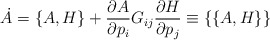
\begin{align*}\dot A=\{A,H\}+{\partial A\over\partial p_i}G_{ij}{\partial H\over\partial p_j}\equiv\{\{A,H\}\}\end{align*}